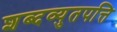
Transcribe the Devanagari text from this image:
शब्दव्युतपत्ति